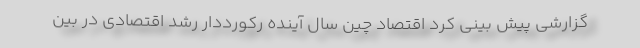
گزارشی پیش بینی کرد اقتصاد چین سال آینده رکورددار رشد اقتصادی در بین